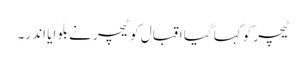
ٹیچر کو کہا گیا اقبال کو ٹیچر نے بلو ایا اند ر۔